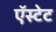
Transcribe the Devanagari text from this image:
ऍस्टेट